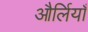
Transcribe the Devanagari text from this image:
और्लियाँ